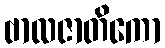
ဗာလဇာတိကော